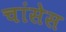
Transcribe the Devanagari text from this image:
चांसेस